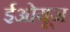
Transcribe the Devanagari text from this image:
ईओयूज